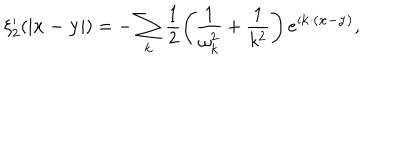
\xi _ { 2 } ^ { \prime } ( | { \bf x - y } | ) = - \sum _ { \bf k } \frac { 1 } { 2 } \left( \frac { 1 } { \omega _ { k } ^ { 2 } } + \frac { 1 } { k ^ { 2 } } \right) e ^ { i { \bf k \cdot ( x - y ) } } ,